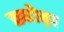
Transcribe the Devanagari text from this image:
ड्योढ़ा